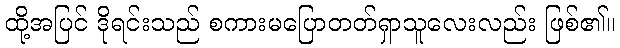
ထို့အပြင် ဒိုရင်းသည် စကားမပြောတတ်ရှာသူလေးလည်း ဖြစ်၏။